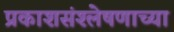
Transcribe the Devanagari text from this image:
प्रकाशसंश्लेषणाच्या